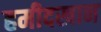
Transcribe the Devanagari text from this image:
हमीदखान